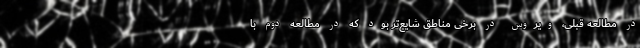
در مطالعه قبلی، ویروس در برخی مناطق شایع‌تر بود که در مطالعه دوم با